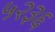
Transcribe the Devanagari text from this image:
५२३६